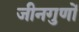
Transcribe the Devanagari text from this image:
जीनगुणों